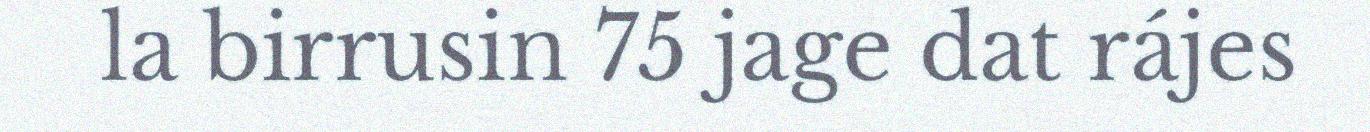
la birrusin 75 jage dat rájes